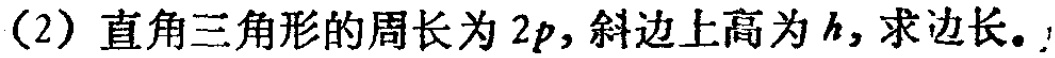
(2) 直角三角形的周长为 \(2p\)，斜边上高为 \(h\)，求边长。